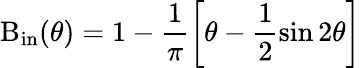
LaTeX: \textrm{B}_{\mathrm{{in}}}(\theta)=1-\frac{1}{\pi}\left[\theta-\frac{1}{2}\sin 2\theta\right]